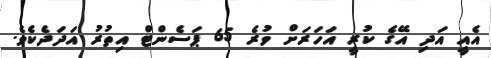
އެއީ އަދި އޭގެ ކުރީ އަހަރަށް ވުރެ 65 ޕަސެންޓް އިތުރު އަދަދެކެވެ.